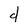
Character: d